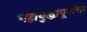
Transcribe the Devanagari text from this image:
महायुद्धापूर्वीचा